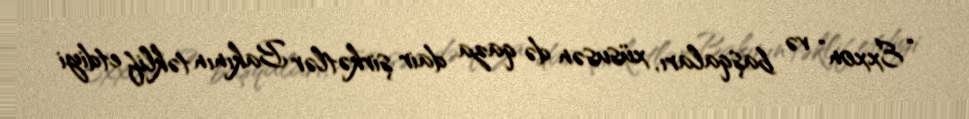
“Exxon” və başqaları, xüsusən də qaza dair şirkətlər Bakının təklif etdiyi